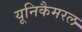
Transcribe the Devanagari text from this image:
यूनिकैमरल